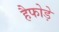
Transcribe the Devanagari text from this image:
हैफोड़े